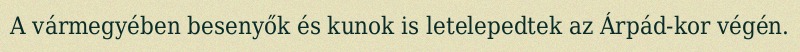
A vármegyében besenyők és kunok is letelepedtek az Árpád-kor végén.